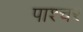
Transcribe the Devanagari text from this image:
पाश्‍चर